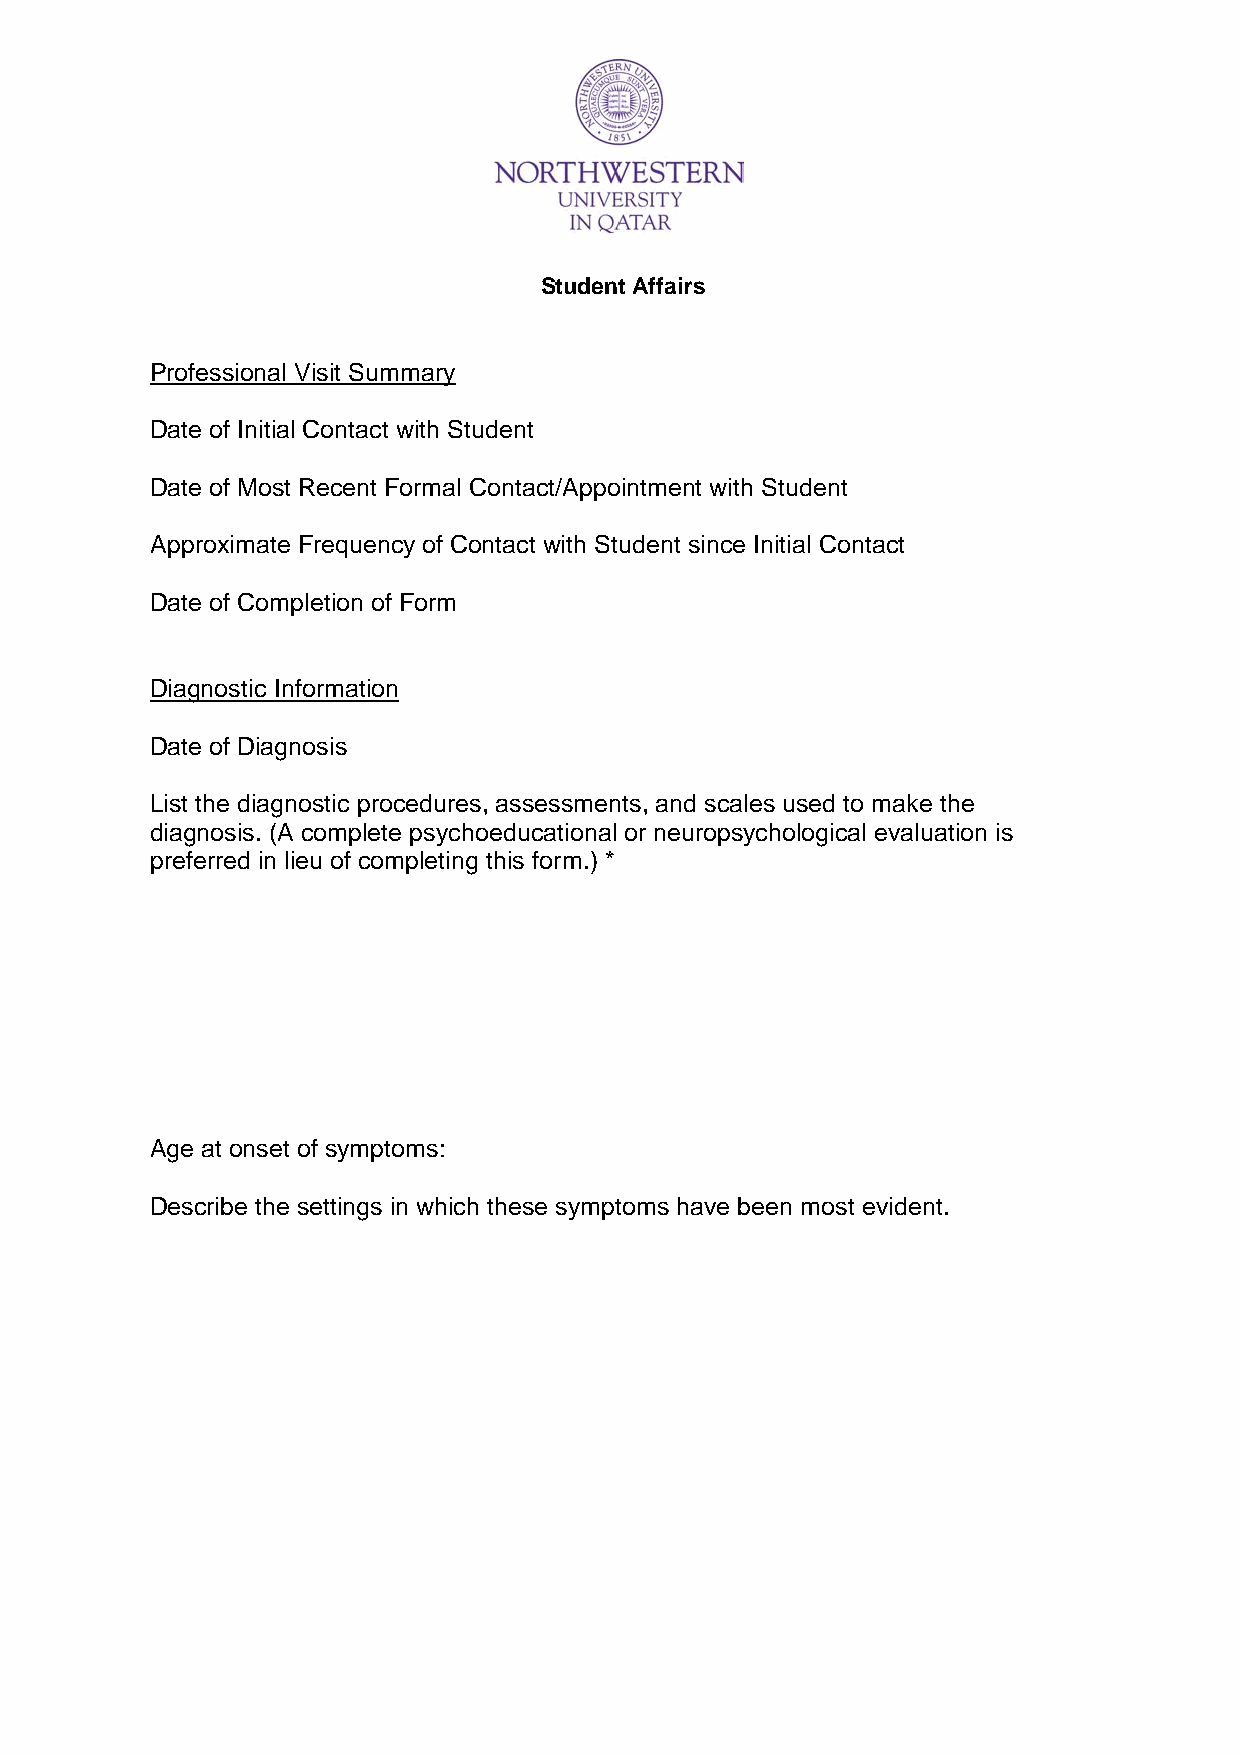
Student Affairs
 Professional Visit Summary
 Date of Initial Contact with Student
 Date of Most Recent Formal Contact/Appointment with Student
 Approximate Frequency of Contact with Student since Initial Contact
 Date of Completion of Form
 Diagnostic Information
 Date of Diagnosis
 List the diagnostic procedures, assessments, and scales used to make the
 diagnosis. (A complete psychoeducational or neuropsychological evaluation is
 preferred in lieu of completing this form.) *
 Age at onset of symptoms:
 Describe the settings in which these symptoms have been most evident.